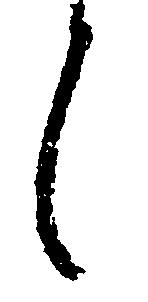
々